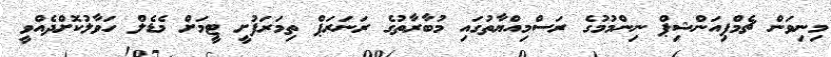
މިނިވަން ޗެމްޕިއަންޝިޕް ނިންމުމުގެ ރަސްމިއްޔާތުގައި މުބާރާތުުގެ ރަނަރަޕް ތިމަރަފުށީ ޓީމަށް މެޑެލް ހަވާލުކޮށްދެއްވީ